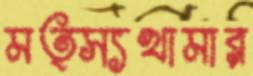
মত্স্যখামার